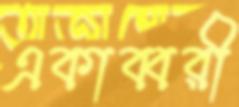
একাব্বরী